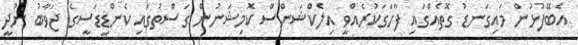
އެބޭފުޅުން މައިގަނޑު ގޮތެއްގައި ފާހަގަކުރެއްވީ އިލެކްޝަންސް ކޮމިޝަނުން ގަސްތުގައި ކެންޑިޑަސީގެ ޖަވާބު ނުދީ